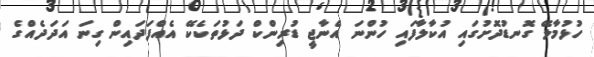
ހުޅުމާލޭ ގޮނޑުދޮށުގައި އުކާލާފައި ހުންނަ އެނާޖީ ޑުރިންކް ދަޅުތަކެކޭ އެއްފަދައިން ގިނަ އަދަދެއްގެ